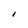
Character: I